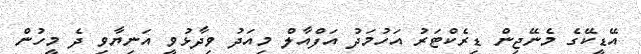
އޭޑީކޭގެ މެނޭޖިން ޑިރެކްޓަރު އަހުމަދު އަފްއާލް މިއަދު ވިދާޅުވީ އަނިޔާވި ދެ މީހުން